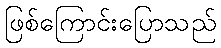
ဖြစ်ကြောင်းပြောသည်